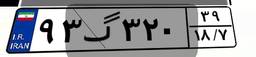
۹۳گ۳۲۰۳۹